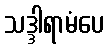
သဒ္ဒါရာမံပေ